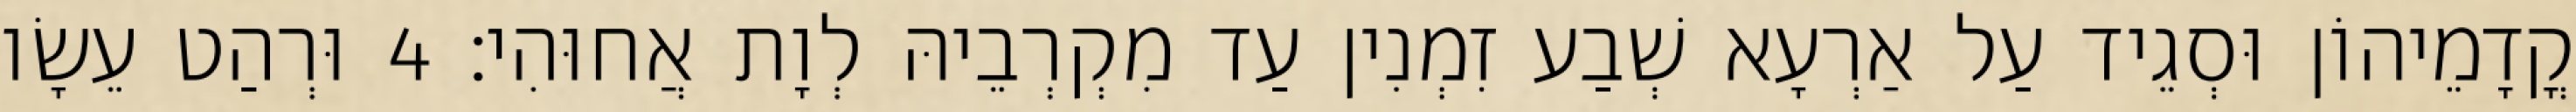
קֳדָמֵיהוֹן וּסְגֵיד עַל אַרְעָא שְׁבַע זִמְנִין עַד מִקְרְבֵיהּ לְוָת אֲחוּהִי׃ 4 וּרְהַט עֵשָׂו